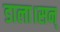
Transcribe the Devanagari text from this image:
डाला।सन्